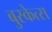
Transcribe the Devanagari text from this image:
बुस्केत्स